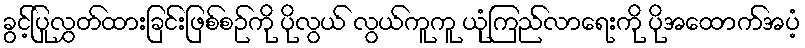
ခွင့်ပြုလွှတ်ထားခြင်းဖြစ်စဉ်ကို ပိုလွယ် လွယ်ကူကူ ယုံကြည်လာရေးကို ပိုအထောက်အပံ့